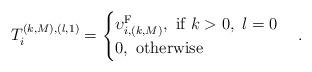
LaTeX: \begin{align*}T^{(k,M),(l,1)}_i=\begin{cases} \upsilon^{\mathrm{F}}_{i,(k,M)},~\textrm{if}~k>0,~l=0\\ 0,~\textrm{otherwise}\\\end{cases}.\end{align*}